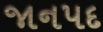
જાનપદ